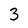
Character: 3